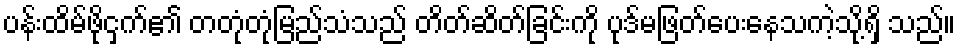
ပန်းထိမ်ဖိုငှက်၏ တတုံတုံမြည်သံသည် တိတ်ဆိတ်ခြင်းကို ပုဒ်မဖြတ်ပေးနေသကဲ့သို့ရှိ သည်။